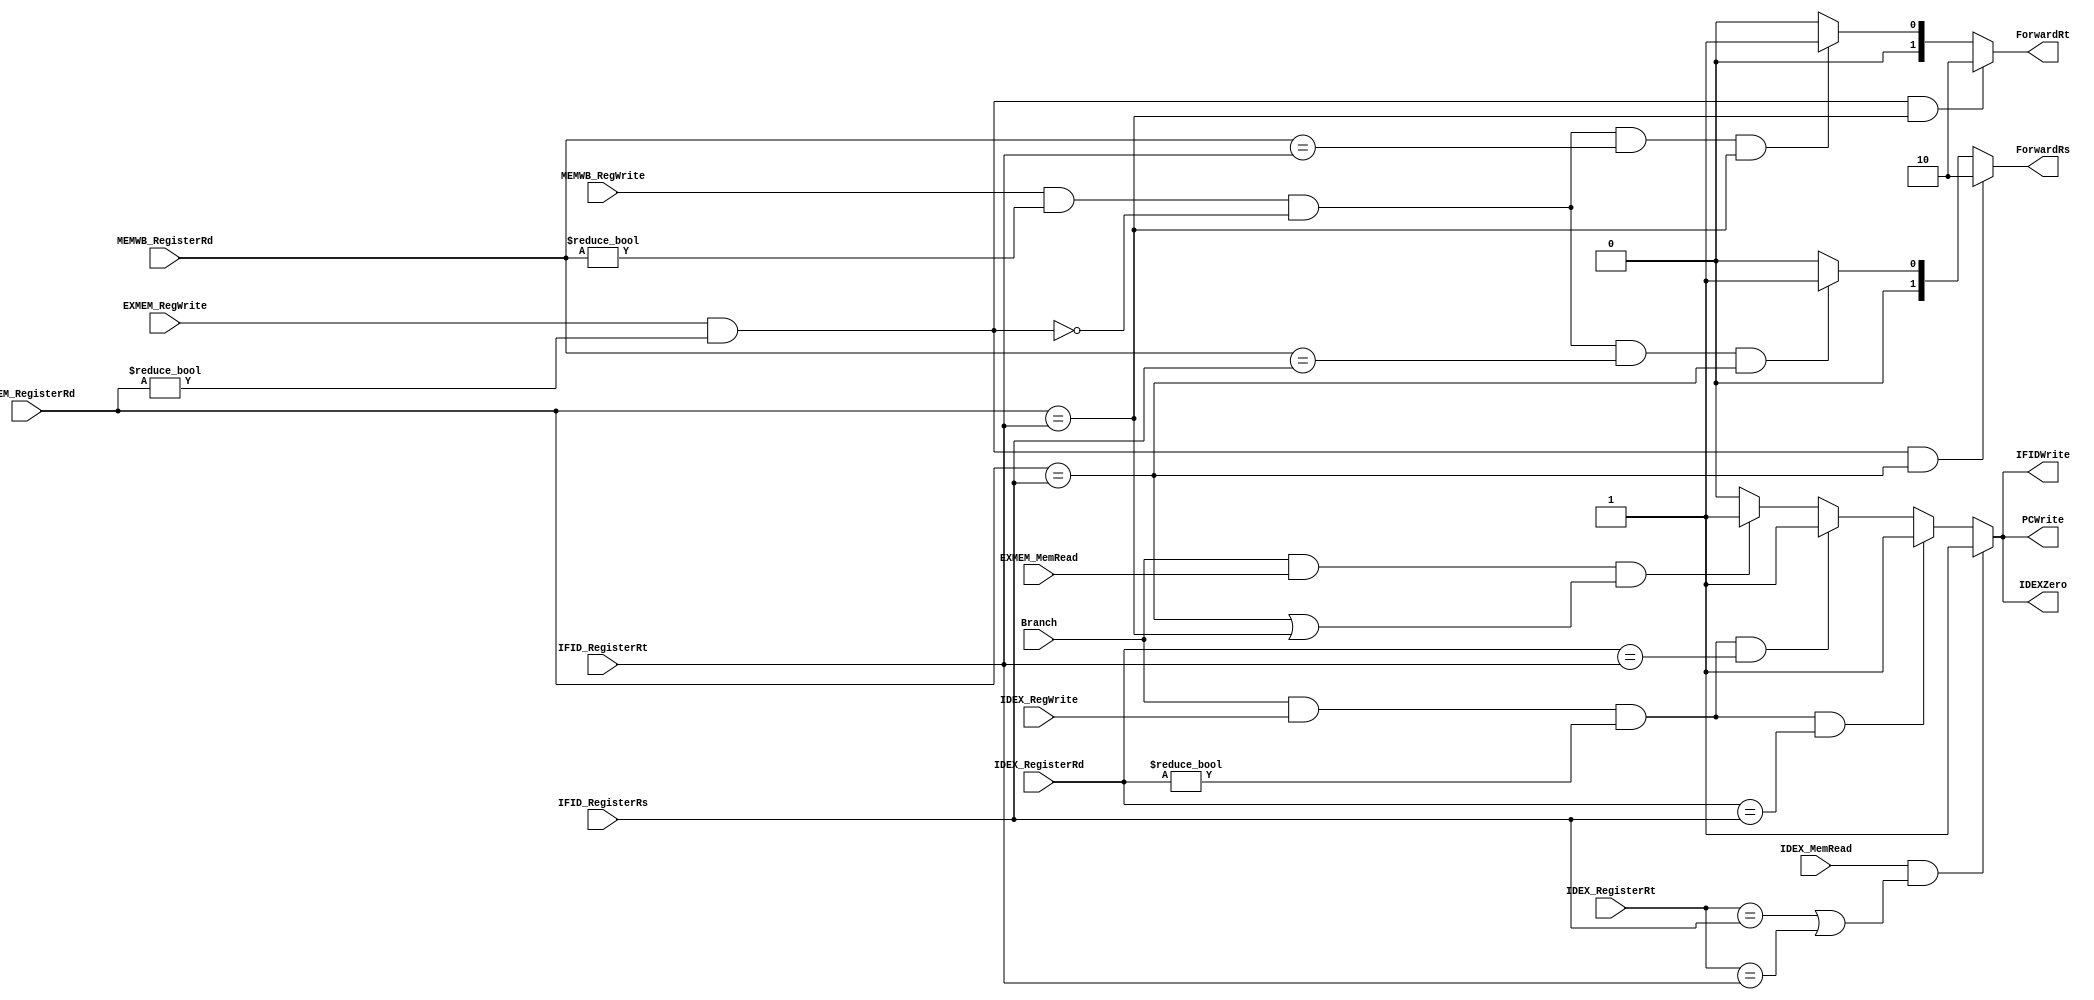
`timescale 1ns / 1ps
//////////////////////////////////////////////////////////////////////////////////
// Company: 
// Engineer: 
// 
// Design Name: 
// Module Name:    Data_Hazard_Unit 
// Project Name: 
// Target Devices: 
// Tool versions: 
// Description: 
//
// Dependencies: 
//
// Revision: 
// Revision 0.01 - File Created
// Additional Comments: 
//////////////////////////////////////////////////////////////////////////////////
module Data_Hazard_Unit(Branch,IFID_RegisterRs,IFID_RegisterRt,IDEX_RegisterRt,IDEX_RegisterRd,EXMEM_RegisterRd,MEMWB_RegisterRd, IDEX_MemRead,EXMEM_MemRead,IDEX_RegWrite,EXMEM_RegWrite,MEMWB_RegWrite, PCWrite, IFIDWrite,IDEXZero,ForwardRs,ForwardRt);
input  Branch, IDEX_MemRead,EXMEM_MemRead,IDEX_RegWrite,EXMEM_RegWrite,MEMWB_RegWrite;
input [4:0] IFID_RegisterRs,IFID_RegisterRt,IDEX_RegisterRt,IDEX_RegisterRd,EXMEM_RegisterRd,MEMWB_RegisterRd;
output reg PCWrite, IFIDWrite,IDEXZero;
output reg [1:0]ForwardRs,ForwardRt;

always@(*) begin

if(IDEX_MemRead && ((IDEX_RegisterRt == IFID_RegisterRs) ||(IDEX_RegisterRt == IFID_RegisterRt)))
begin
PCWrite=1;
IFIDWrite =1;
IDEXZero =1;
end

//ID branch data hazard condition:
else if (Branch  && IDEX_RegWrite && (IDEX_RegisterRd != 0) && (IDEX_RegisterRd == IFID_RegisterRs)) 
begin
PCWrite=1;
IFIDWrite =1;
IDEXZero =1;
end
else if (Branch && IDEX_RegWrite && (IDEX_RegisterRd != 0) && (IDEX_RegisterRd == IFID_RegisterRt)) 
begin
PCWrite=1;
IFIDWrite =1;
IDEXZero =1;
end

//BEQ instruction requires an additional stall in the case of a branch data hazard:
else if (Branch  && EXMEM_MemRead  &&((EXMEM_RegisterRd == IFID_RegisterRs) || (EXMEM_RegisterRd == IFID_RegisterRt))) 
begin
PCWrite=1;
IFIDWrite =1;
IDEXZero =1;
end
else 
begin
PCWrite=0;
IFIDWrite =0;
IDEXZero =0;
end
//EX branch data hazard condition:
 if ((EXMEM_RegWrite) && (EXMEM_RegisterRd != 0) && (EXMEM_RegisterRd == IFID_RegisterRs)) 
begin
ForwardRs = 2'b10;
end
else if ((MEMWB_RegWrite && (MEMWB_RegisterRd != 0)) && !(EXMEM_RegWrite && (EXMEM_RegisterRd != 0))
  && (MEMWB_RegisterRd == IFID_RegisterRs) && (EXMEM_RegisterRd == IFID_RegisterRs)) 
begin
ForwardRs = 2'b01;
end
else 
begin
 ForwardRs = 2'b00;
 end
//MEM branch data hazard condition:
if ((EXMEM_RegWrite) && (EXMEM_RegisterRd != 0) && (EXMEM_RegisterRd == IFID_RegisterRt)) 
begin
ForwardRt = 2'b10;
end
else if ((MEMWB_RegWrite && (MEMWB_RegisterRd != 0)) && !(EXMEM_RegWrite && (EXMEM_RegisterRd != 0))
  && (MEMWB_RegisterRd == IFID_RegisterRt) && (EXMEM_RegisterRd == IFID_RegisterRt))
 begin
 ForwardRt = 2'b01;
end
else 
begin
 ForwardRt = 2'b00;
end


end
endmodule